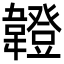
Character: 𩏠